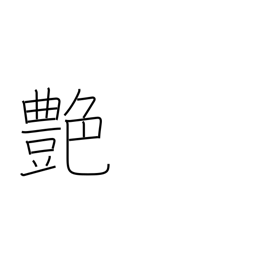
Meaning: polish